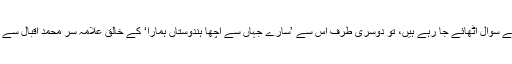
اس پروگرام پر اگر ایک جانب کئی طرح کے سوال اٹھائے جا رہے ہیں، تو دوسری طرف اس سے ’سارے جہاں سے اچھا ہندوستاں ہمارا‘ کے خالق علامہ سر محمد اقبال سے منسلک کچھ فسانے بھی سامنے آ رہے ہیں۔